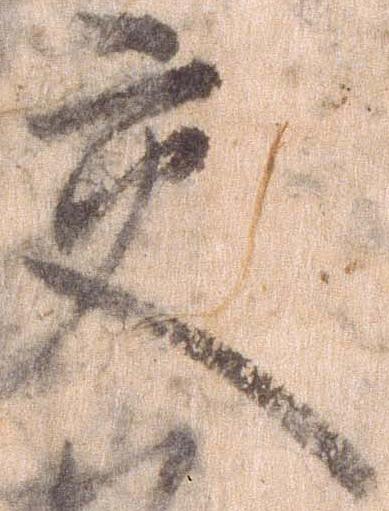
交